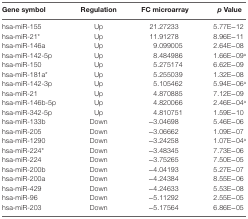
<table><thead><tr><td><b>Gene symbol</b></td><td><b>Regulation</b></td><td><b>FC microarray</b></td><td><b><i>p</i> Value</b></td></tr></thead><tbody><tr><td>hsa-miR-155</td><td>Up</td><td>21.27233</td><td>5.77E−12</td></tr><tr><td>hsa-miR-21*</td><td>Up</td><td>11.91278</td><td>8.96E−11</td></tr><tr><td>hsa-miR-146a</td><td>Up</td><td>9.099005</td><td>2.64E−08</td></tr><tr><td>hsa-miR-142-5p</td><td>Up</td><td>8.484986</td><td>1.66E−09<sup>a</sup></td></tr><tr><td>hsa-miR-150</td><td>Up</td><td>5.275174</td><td>6.62E−09</td></tr><tr><td>hsa-miR-181a*</td><td>Up</td><td>5.255039</td><td>1.32E−08</td></tr><tr><td>hsa-miR-142-3p</td><td>Up</td><td>5.105462</td><td>5.94E−06<sup>a</sup></td></tr><tr><td>hsa-miR-21</td><td>Up</td><td>4.870885</td><td>7.12E−09</td></tr><tr><td>hsa-miR-146b-5p</td><td>Up</td><td>4.820066</td><td>2.46E−04<sup>a</sup></td></tr><tr><td>hsa-miR-342-5p</td><td>Up</td><td>4.810751</td><td>1.59E−10</td></tr><tr><td>hsa-miR-133b</td><td>Down</td><td>−3.04698</td><td>5.46E−06</td></tr><tr><td>hsa-miR-205</td><td>Down</td><td>−3.06662</td><td>1.09E−07</td></tr><tr><td>hsa-miR-1290</td><td>Down</td><td>−3.24258</td><td>1.07E−04<sup>a</sup></td></tr><tr><td>hsa-miR-224*</td><td>Down</td><td>−3.48345</td><td>7.73E−06</td></tr><tr><td>hsa-miR-224</td><td>Down</td><td>−3.75265</td><td>7.50E−05</td></tr><tr><td>hsa-miR-200b</td><td>Down</td><td>−4.04193</td><td>5.27E−07</td></tr><tr><td>hsa-miR-200a</td><td>Down</td><td>−4.24384</td><td>8.55E−06</td></tr><tr><td>hsa-miR-429</td><td>Down</td><td>−4.24633</td><td>5.53E−08</td></tr><tr><td>hsa-miR-96</td><td>Down</td><td>−5.11292</td><td>2.55E−05</td></tr><tr><td>hsa-miR-203</td><td>Down</td><td>−5.17564</td><td>6.86E−05</td></tr></tbody></table>